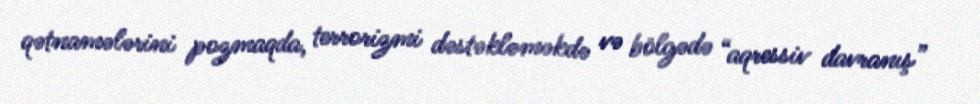
qətnamələrini pozmaqda, terrorizmi dəstəkləməkdə və bölgədə “aqressiv davranış”